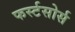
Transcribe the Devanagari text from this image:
फर्स्टसोर्स